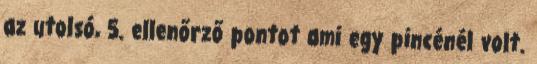
az utolsó, 5. ellenőrző pontot ami egy pincénél volt.